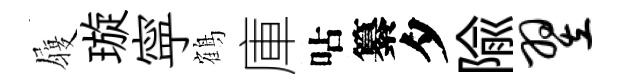
履璇寜鶴庫呫纂夕隃翌